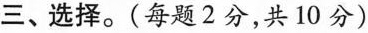
三、选择。(每题2分，共10分)